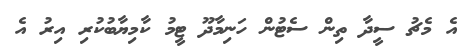
އެ މެޗު ސީދާ ތިން ސެޓުން ހަނިމާދޫ ޓީމު ކާމިޔާބުކުރި އިރު އެ